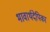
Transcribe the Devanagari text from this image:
भावार्थदेपिका